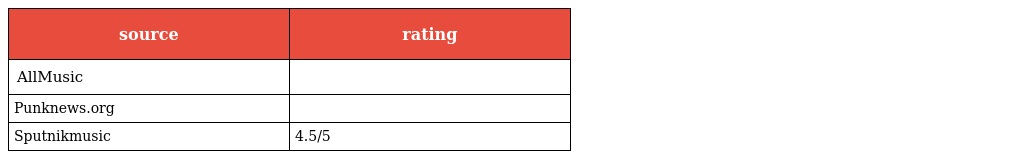
| source | rating |
 | --- | --- |
 | AllMusic |  |
 | Punknews.org |  |
 | Sputnikmusic | 4.5/5 |